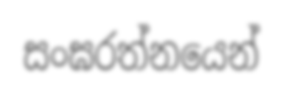
සංඝරත්නයෙන්